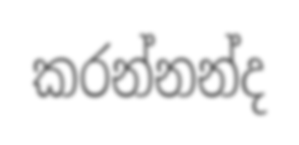
කරන්නන්ද